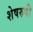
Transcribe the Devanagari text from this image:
शेषरुपी